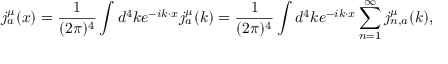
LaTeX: j _ { a } ^ { \mu } ( x ) = { \frac { 1 } { ( 2 \pi ) ^ { 4 } } } \int d ^ { 4 } k e ^ { - i k \cdot x } j _ { a } ^ { \mu } ( k ) = { \frac { 1 } { ( 2 \pi ) ^ { 4 } } } \int d ^ { 4 } k e ^ { - i k \cdot x } \sum _ { n = 1 } ^ { \infty } j _ { n , a } ^ { \mu } ( k ) ,